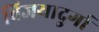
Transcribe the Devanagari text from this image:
विजयादुर्गा